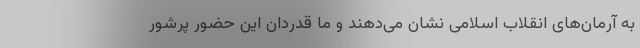
به آرمان‌های انقلاب اسلامی نشان می‌دهند و ما قدردان این حضور پرشور